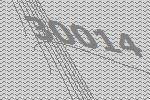
30014